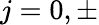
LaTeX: j=0,\pm